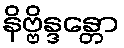
နိဗ္ဗိန္ဒန္တော